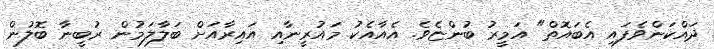
ދައްކަންވެފައި އެބައޮތް" އަމީރު ބުންޏެވެ. އެއާއެކު މައުރީނާއި އައިރާއަށް ބަލާލަމުން ރުބީނާ ބޮލުން